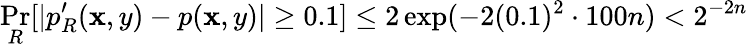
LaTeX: \operatorname*{Pr}_{R}[|p_{R}^{\prime}(\mathbf{x},y)-p(\mathbf{x},y)|\geq0.1]\leq2\exp(-2(0.1)^{2}\cdot100n)<2^{-2n}